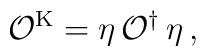
\mathcal{O}^{\mathrm{K}}=\eta\, \mathcal{O}^{\dagger}\,\eta\, ,